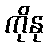
ကိုနု